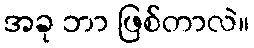
အခု ဘာ ဖြစ်တာလဲ။